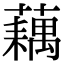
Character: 藕